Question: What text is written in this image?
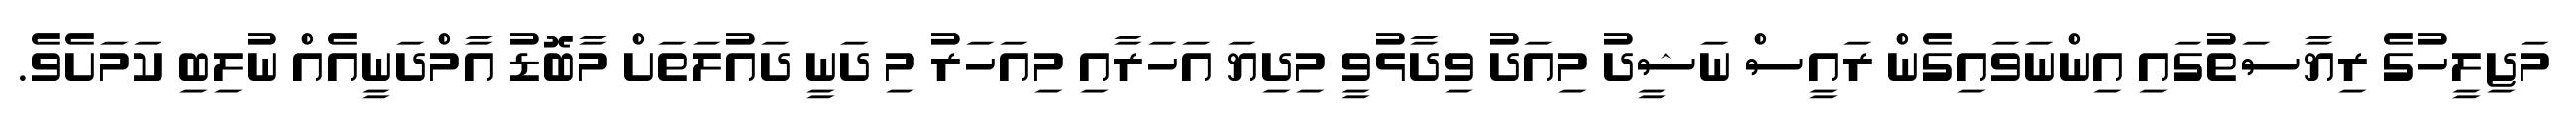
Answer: މަޖިލީހުގެ ރިޔާސަތުގައި އިންނަވައިގެން ރައީސް ނަޝީދު މިއަދު ވިދާޅުވީ މިދިޔަ އަހަރާއި މިއަހަރު މި ދަނީ ދައުލަތަށް މާބޮޑު އާމްދަނީއެއް ނުލިބި ކަމަށެވެ.